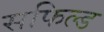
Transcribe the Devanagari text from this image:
सफिल्ड